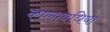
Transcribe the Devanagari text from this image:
कालावधियां